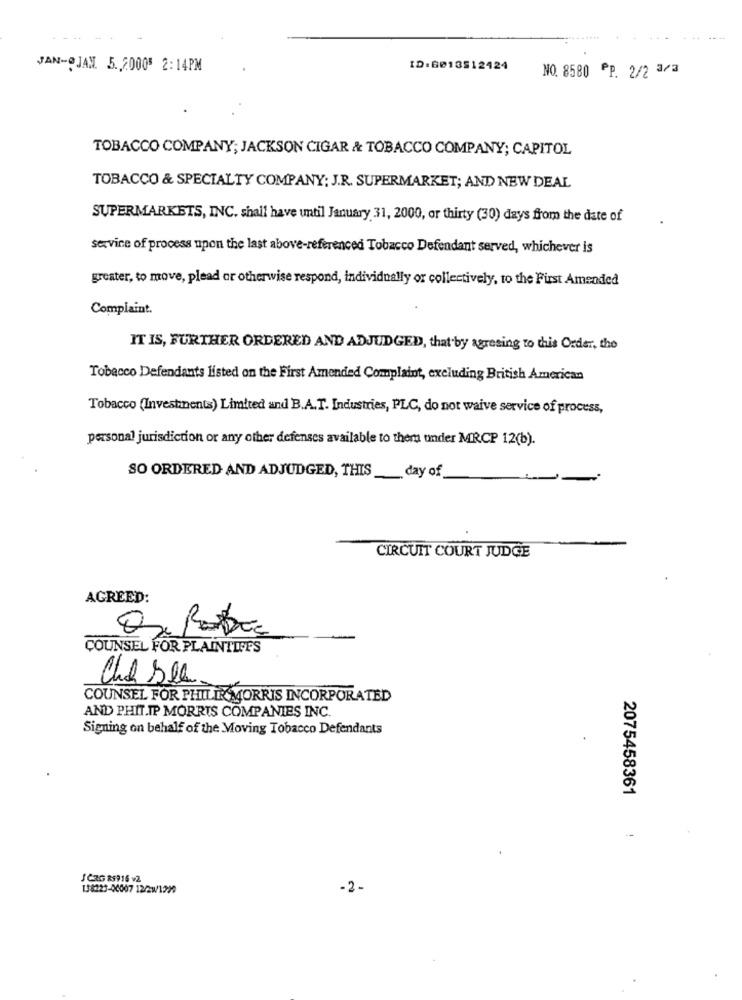
JAN-@JAN. 5.2000 2:14PM
ID:6013512424
NO. 8580 PP. 2/2 3/3
TOBACCO COMPANY; JACKSON CIGAR & TOBACCO COMPANY; CAPITOL
TOBACCO & SPECIALTY COMPANY: J.R. SUPERMARKET; AND NEW DEAL
SUPERMARKETS, INC. shall have until January 31, 2000, or thirty (30) days from the date of
servire of process upon the last above-referenced Tobacco Defendant served, whichever is
greater, to move, plead or otherwise respond, individually or collectively, to the First Amended
Complaint.
IT IS, FURTHER ORDERED AND ADJUDGED, that by agresing to this Order, the
Tobacco Defendants listed on the First Amended Complaint, excluding British American
Tobacco (Investments) Limited and B.A.T. Industries, PLC, do not waive service of process,
personal jurisdiction or any other defenses available to them under MRCP 12(b).
SO ORDERED AND ADJUDGED, THIS __ day of
CIRCUIT COURT JUDGE
AGREED:
COUNSEL FOR PLAINTIFFS
Che See
COUNSEL FOR PHILIP MORRIS INCORPORATED
AND PHIT.IP MORRIS COMPANIES INC.
Signing on behalf of the Moving Tobacco Defendants
2075458361
J CRG 85916 v2
138225-00007 12/2w/1299
-2-